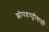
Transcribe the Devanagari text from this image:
झोपडपट्टीवासी